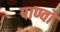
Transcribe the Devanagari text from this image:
पाण्वों